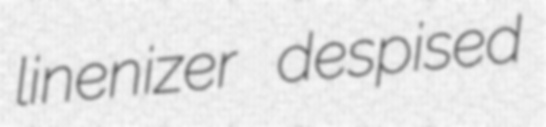
linenizer despised